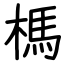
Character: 榪